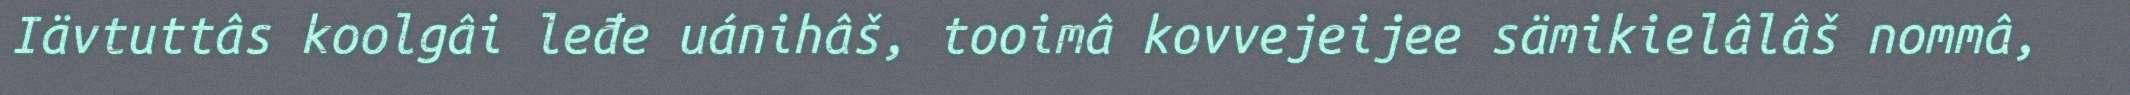
Iävtuttâs koolgâi leđe uánihâš, tooimâ kovvejeijee sämikielâlâš nommâ,